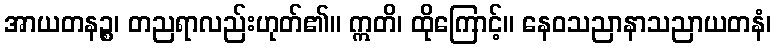
အာယတနဉ္စ၊ တညရာလည်းဟုတ်၏။ ဣတိ၊ ထိုကြောင့်။ နေဝသညာနာသညာယတနံ၊